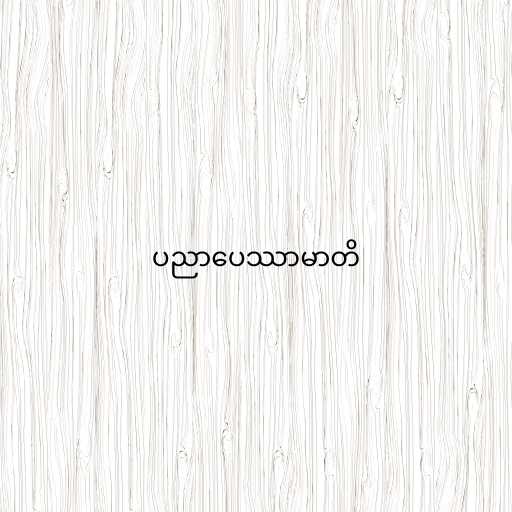
ပညာပေဿာမာတိ